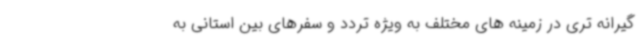
گیرانه تری در زمینه های مختلف به ویژه تردد و سفرهای بین استانی به